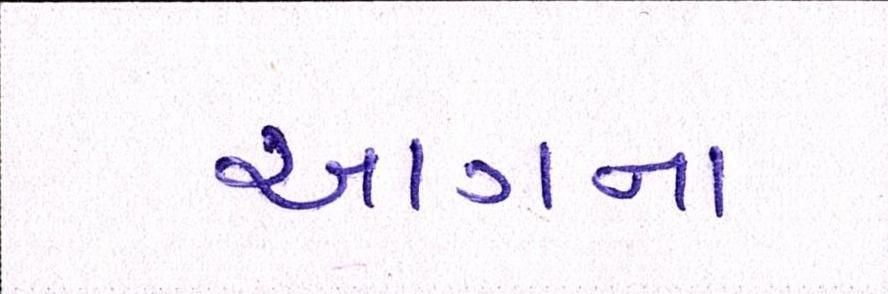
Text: આગના